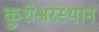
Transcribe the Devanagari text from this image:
कुशेश्वरस्थान